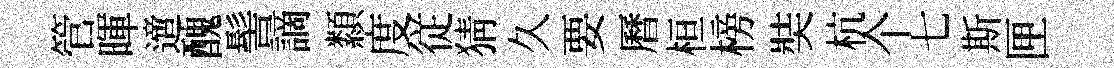
管暉𨗁醜髻謫纇度従猜久要曆桓榜奘杭个七斯匣